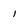
Character: 1